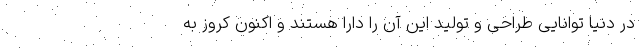
در دنیا توانایی طراحی و تولید این آن را دارا هستند و اکنون کروز به